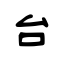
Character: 台